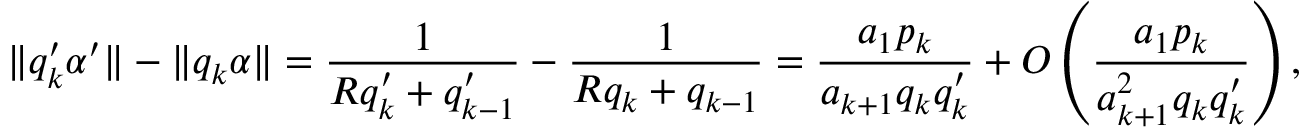
\| q _ { k } ^ { \prime } \alpha ^ { \prime } \| - \| q _ { k } \alpha \| = \frac { 1 } { R q _ { k } ^ { \prime } + q _ { k - 1 } ^ { \prime } } - \frac { 1 } { R q _ { k } + q _ { k - 1 } } = \frac { a _ { 1 } p _ { k } } { a _ { k + 1 } q _ { k } q _ { k } ^ { \prime } } + O \left( \frac { a _ { 1 } p _ { k } } { a _ { k + 1 } ^ { 2 } q _ { k } q _ { k } ^ { \prime } } \right) ,